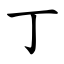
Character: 丁